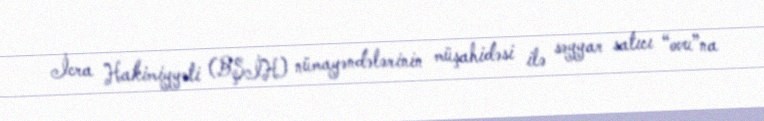
İcra Hakimiyyəti (BŞİH) nümayəndələrinin müşahidəsi ilə səyyar satıcı “ovu”na